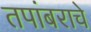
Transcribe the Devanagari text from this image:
तपांबराचे